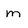
Character: m